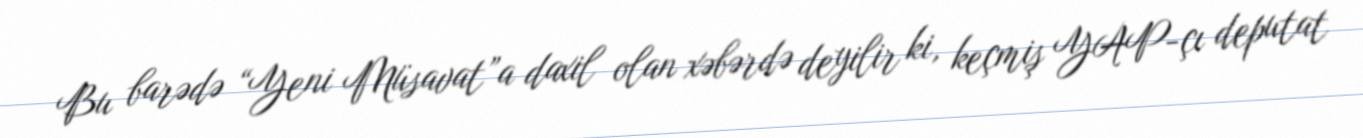
Bu barədə “Yeni Müsavat”a daxil olan xəbərdə deyilir ki, keçmiş YAP-çı deputat